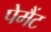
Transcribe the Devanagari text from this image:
पेमैंट